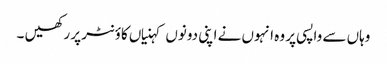
وہاں سے واپسی پر وہ انہوں نے اپنی دونوں کہنیاں کاؤنٹر پر رکھیں ۔